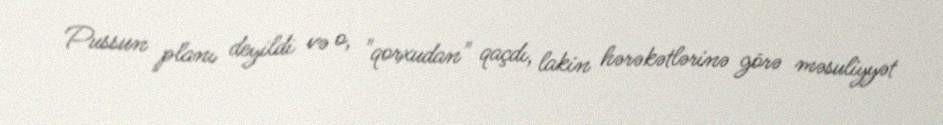
Pussun planı deyildi və o, "qorxudan" qaçdı, lakin hərəkətlərinə görə məsuliyyət